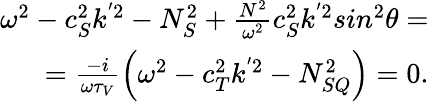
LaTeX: \begin{array}{r}{\omega^{2}-c_{S}^{2}k^{'2}-N_{S}^{2}+\frac{N^{2}}{\omega^{2}}c_{S}^{2}k^{'2}sin^{2}\theta=}\\ {=\frac{-i}{\omega\tau_{V}}\left(\omega^{2}-c_{T}^{2}k^{'2}-N_{SQ}^{2}\right)=0.}\end{array}